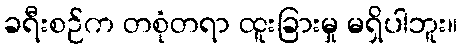
ခရီးစဉ်က တစုံတရာ ထူးခြားမှု မရှိပါဘူး။